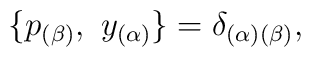
\{p_{(\beta)},\ {  y}_{(\alpha)}\} =\delta_{(\alpha)(\beta)},